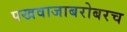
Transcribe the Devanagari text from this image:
पखवाजाबरोबरच